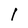
Character: I